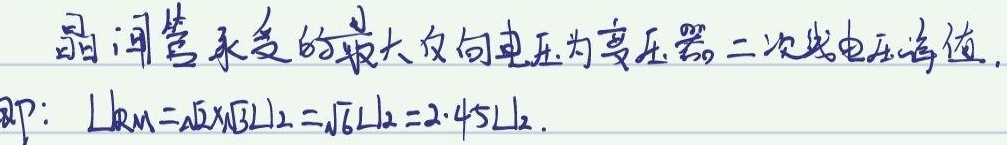
晶闸管承受的最大反向电压为变压器二次线电压峰值，即：\(U_{RM}=\sqrt{2}\times\sqrt{3}U_{2}=\sqrt{6}U_{2}=2.45U_{2}\)。